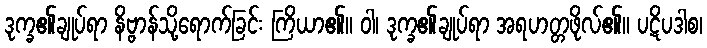
ဒုက္ခ၏ချုပ်ရာ နိဗ္ဗာန်သို့ရောက်ခြင်း ကြိယာ၏။ ဝါ၊ ဒုက္ခ၏ချုပ်ရာ အရဟတ္တဖိုလ်၏။ ပဋိပဒါစ၊